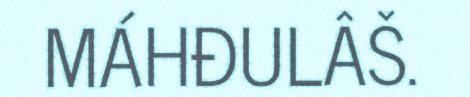
MÁHĐULÂŠ.